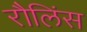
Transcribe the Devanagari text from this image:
रौलिंस